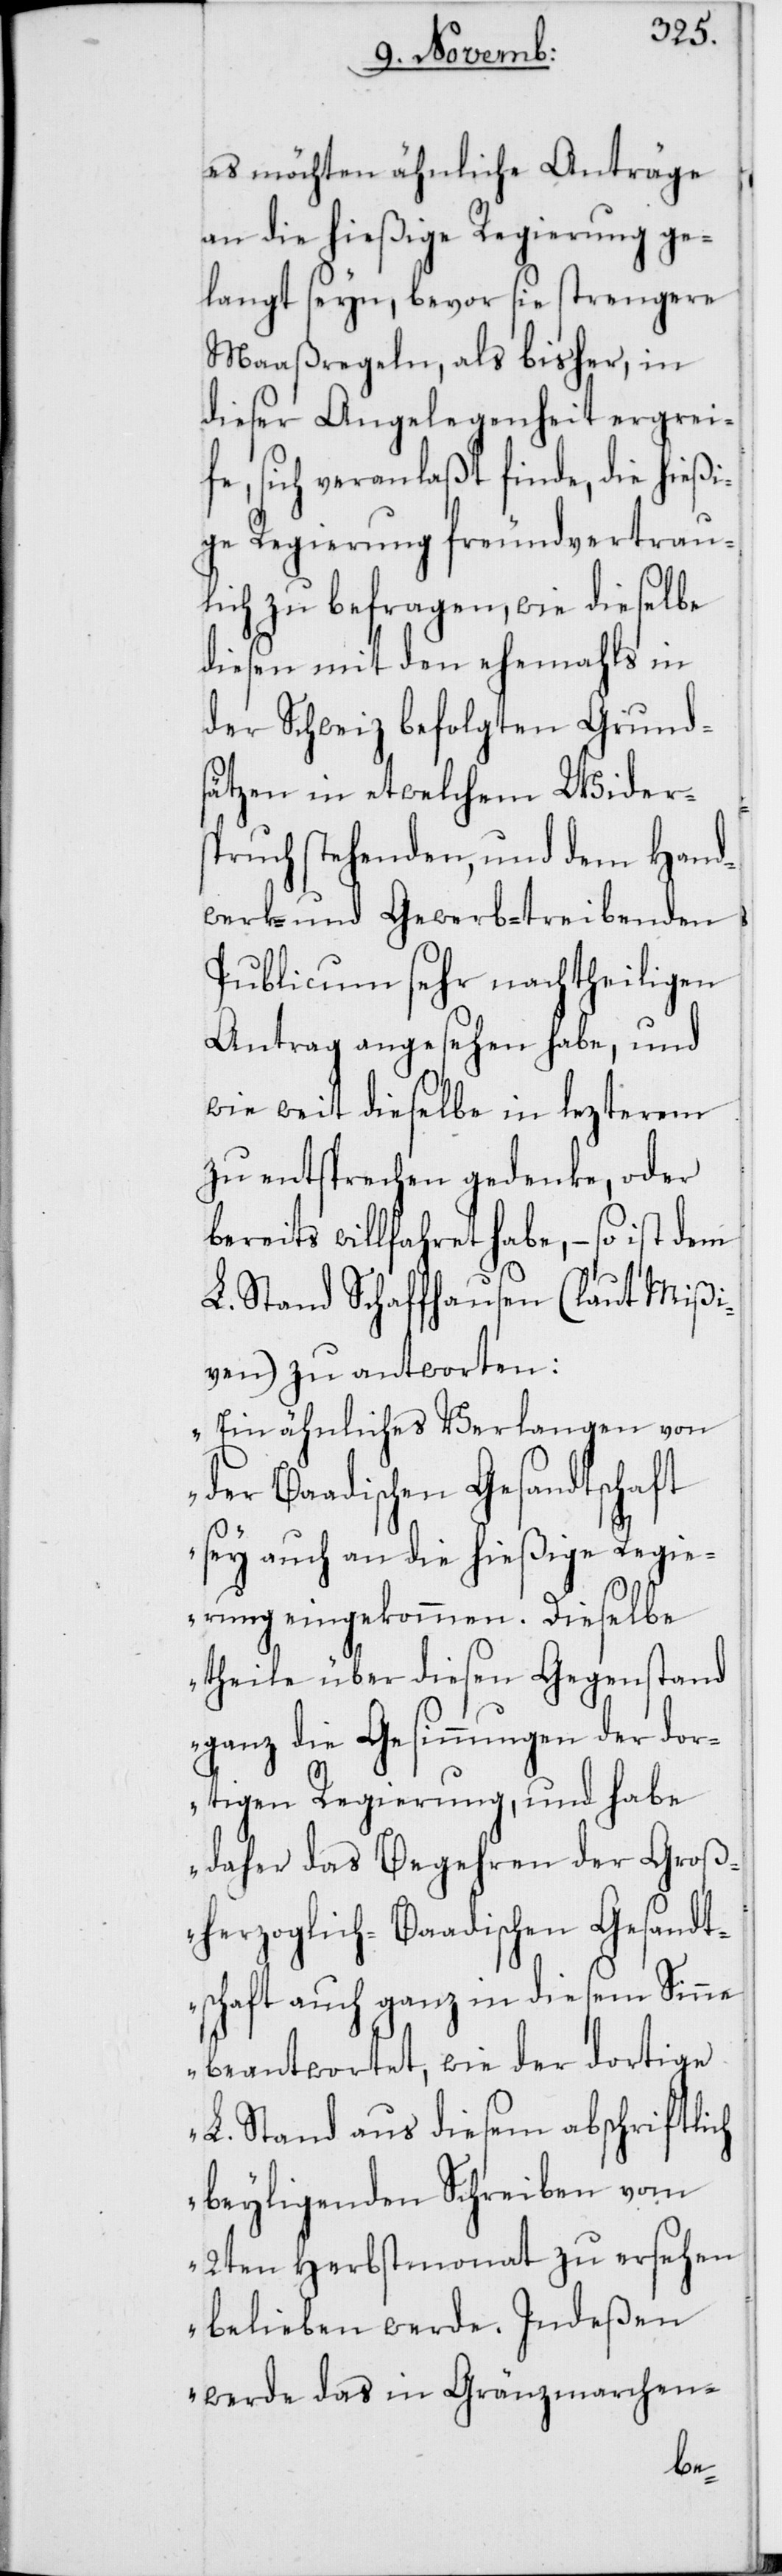
es möchten ähnliche Anträge
an die hießige Regierung ge¬
langt seyn, bevor sie strengere
Maaßregeln, als bisher, in
dieser Angelegenheit ergrei¬
fe, sich veranlaßt finde, die hießi¬
ge Regierung freundvertrau¬
lich zu befragen, wie dieselbe
diesen mit den ehemahls in
der Schweiz befolgten Grunds¬
ätzen in etwelchem Wider¬
spruch stehenden, und dem Hand¬
werk- und Gewerb-treibenden
Publicum sehr nachtheiligen
Antrag angesehen habe, und
wie weit dieselbe in lezterem
zu entsprechen gedenke, oder
bereits willfahret habe, – so ist dem
L. Stand Schaffhausen (laut Mißi¬
ven) zu antworten:
„Ein ähnliches Verlangen von
der Baadischen Gesandtschaft
sey auch an die hießige Regie¬
rung eingekommen. Dieselbe
theile über diesen Gegenstand
ganz die Gesinnungen der dor¬
tigen Regierung, und habe
daher das Begehren der Groß¬
herzoglich-Baadischen Gesandt¬
schaft auch ganz in diesem Sinne
beantwortet, wie der dortige
L. Stand aus diesem abschriftlich
beyligenden Schreiben vom
2ten Herbstmonat zu ersehen
belieben werde. Indeßen
werde das in Gränzmarchen-